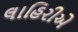
લાહિરીએ